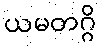
ယမတဂ္ဂိ